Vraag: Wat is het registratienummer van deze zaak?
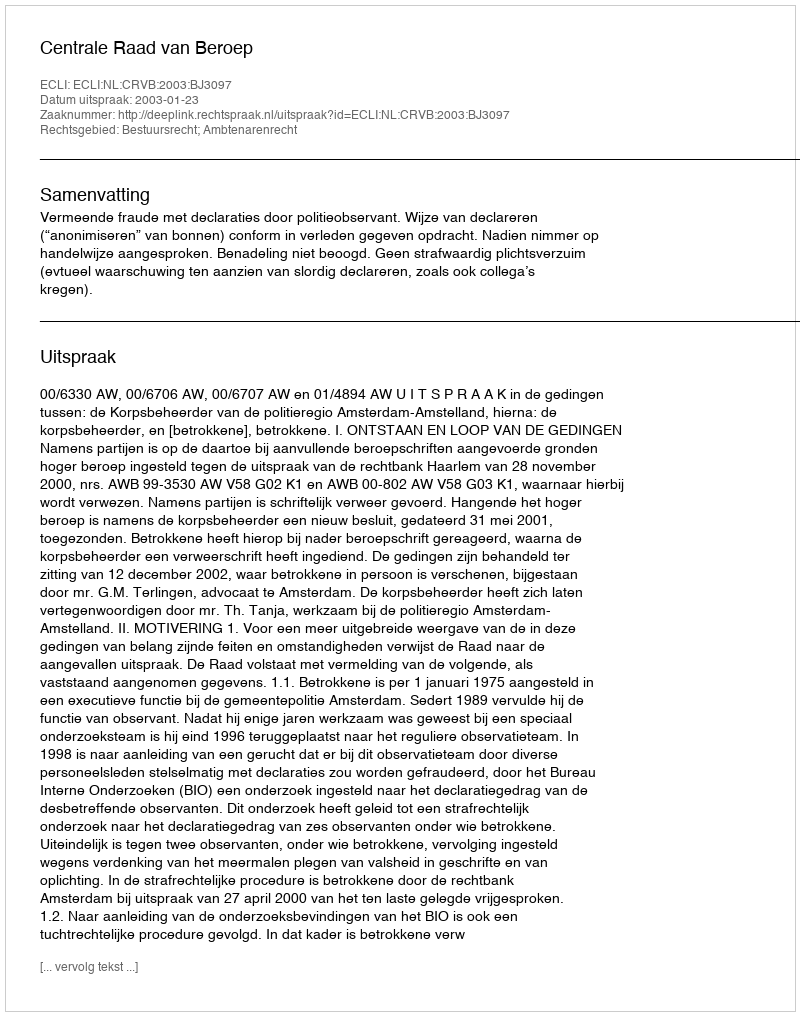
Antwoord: http://deeplink.rechtspraak.nl/uitspraak?id=ECLI:NL:CRVB:2003:BJ3097